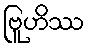
ဗြူဟိဿ